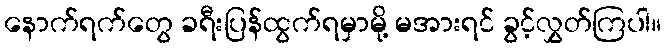
နောက်ရက်တွေ ခရီးပြန်ထွက်ရမှာမို့ မအားရင် ခွင့်လွှတ်ကြပါ။